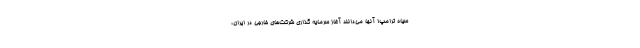
سیاه ترامپ! آنها می‌دانند آغاز سرمایه گذاری شرکت‌های خارجی در ایران،